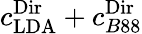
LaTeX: c_{\mathrm{LDA}}^{\textnormal{Dir}}+c_{B88}^{\textnormal{Dir}}